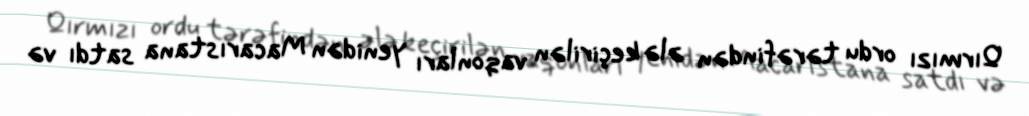
Qırmızı ordu tərəfindən ələ keçirilən vaqonları yenidən Macarıstana satdı və